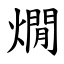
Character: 燗